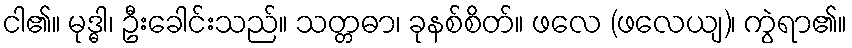
ငါ၏။ မုဒ္ဓါ၊ ဦးခေါင်းသည်။ သတ္တဓာ၊ ခုနစ်စိတ်။ ဖလေ (ဖလေယျ)၊ ကွဲရာ၏။